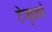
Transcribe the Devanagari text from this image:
टेमुको